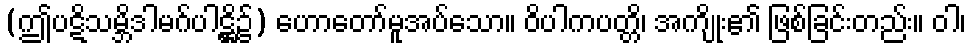
(ဤပဋိသမ္ဘိဒါမဂ်ပါဋ္ဌိ၌) ဟောတော်မူအပ်သော။ ဝိပါကပတ္တိ၊ အကျိုး၏ ဖြစ်ခြင်းတည်း။ ဝါ၊